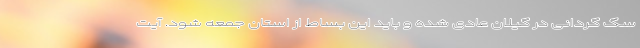
سگ گردانی در گیلان عادی شده و باید این بساط از استان جمعه شود. آیت